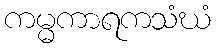
ကမ္မကာရကသံဃံ